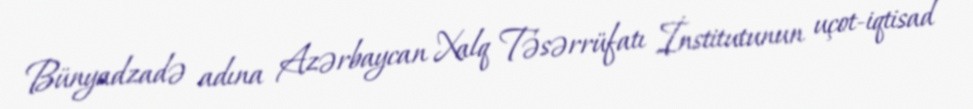
Bünyadzadə adına Azərbaycan Xalq Təsərrüfatı İnstitutunun uçot-iqtisad